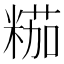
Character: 𱹐